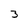
Character: 3